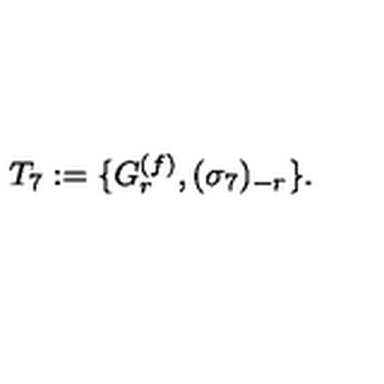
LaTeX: T _ { 7 } : = \{ G _ { r } \sp { ( f ) } , ( \sigma _ { 7 } ) \sb { - r } \} .